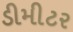
ડીમીટર